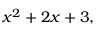
x ^ { 2 } + 2 x + 3 ,